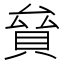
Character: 𧵱